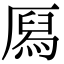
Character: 㕐